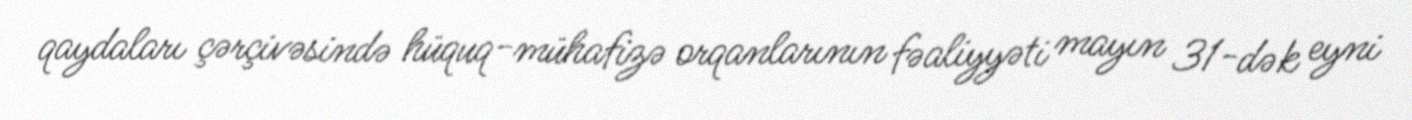
qaydaları çərçivəsində hüquq-mühafizə orqanlarının fəaliyyəti mayın 31-dək eyni